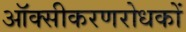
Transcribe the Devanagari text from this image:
ऑक्सीकरणरोधकों